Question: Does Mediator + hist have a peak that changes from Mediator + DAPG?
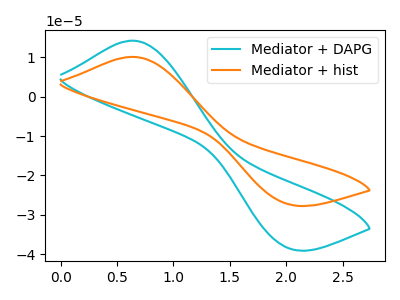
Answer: <think>The cyan curve "Mediator + DAPG" has an anodic peak at (0.65V, 14.15uA) and a cathodic peak at (2.00V, -38.40uA). The orange curve "Mediator + hist" has an anodic peak at (0.65V, 10.05uA) and a cathodic peak at (2.00V, -27.30uA).
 All the peaks in "Mediator + hist" have a peak in "Mediator + DAPG" at the same potential. Every peak in "Mediator + hist" is lower than every peak in "Mediator + DAPG".</think>
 <answer>No, "Mediator + hist" and "Mediator + DAPG" don't appear to be significantly different in shape</answer>
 <eval>no_change</eval>